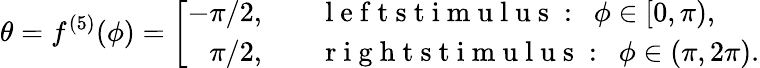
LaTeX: \theta=f^{(5)}(\phi)=\left[\begin{array}{rl}{-\pi/2,\quad}&{\mathrm{~l~e~f~t~s~t~i~m~u~l~u~s~:~}\ {\phi}\in[0,\pi),}\\ {\pi/2,\quad}&{\mathrm{~r~i~g~h~t~s~t~i~m~u~l~u~s~:~}\ \phi\in(\pi,2\pi).}\end{array}\right.